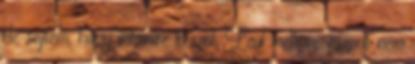
de sejtem, hogy valamire készül. Leül mellém, viszont nem